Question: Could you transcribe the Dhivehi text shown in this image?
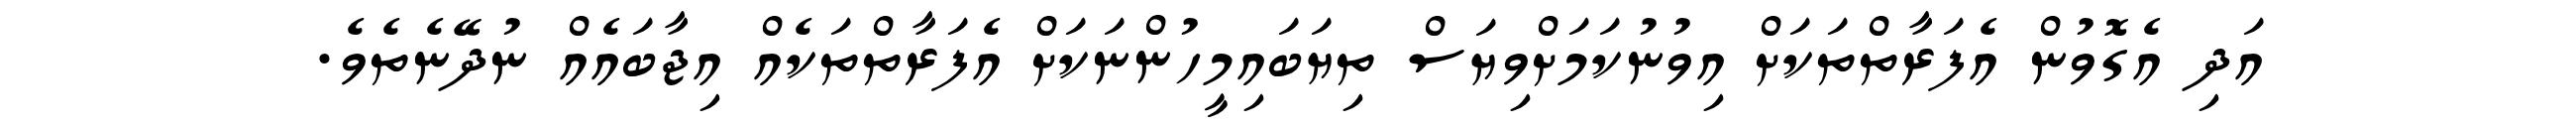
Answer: އަދި އެގޮވުން އެފަރާތްތަކަށް އިވުނުކަމަށްވިޔަސް ތިޔަބައިމީހުންނަކަށް އެފަރާތްތަކެއް އިޖާބައެއް ނުދޭނެތެވެ.